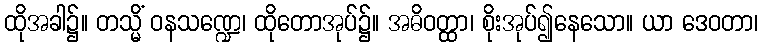
ထိုအခါ၌။ တသ္မိံ ဝနသဏ္ဍေ၊ ထိုတောအုပ်၌။ အဓိဝတ္ထာ၊ စိုးအုပ်၍နေသော။ ယာ ဒေဝတာ၊